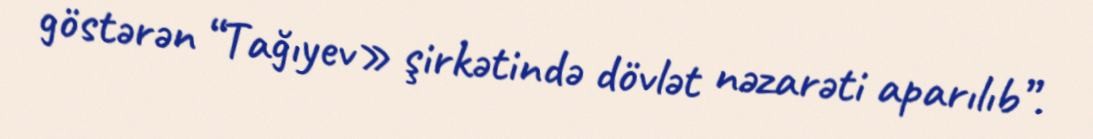
göstərən “Tağıyev» şirkətində dövlət nəzarəti aparılıb”.